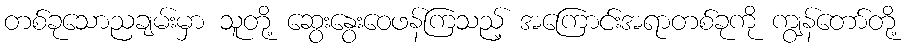
တစ်ခုသောညချမ်းမှာ သူတို့ ဆွေးနွေးဝေဖန်ကြသည့် အကြောင်းအရာတစ်ခုကို ကျွန်တော်တို့